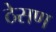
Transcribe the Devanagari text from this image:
ठेसण